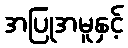
အပြုအမူနှင့်